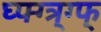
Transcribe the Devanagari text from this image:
घ्फ्ग्त्र्ग्फ्